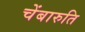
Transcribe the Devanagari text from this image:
चेंबारुति